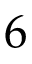
6